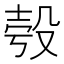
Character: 𣪒